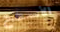
الأسطح